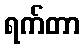
ရက်တာ